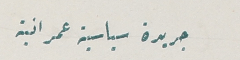
جريدة سياسية عمرانية